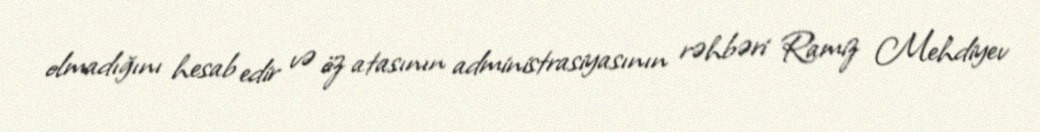
olmadığını hesab edir və öz atasının administrasiyasının rəhbəri Ramiz Mehdiyev